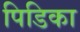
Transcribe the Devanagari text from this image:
पिडिका